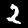
Label: 2